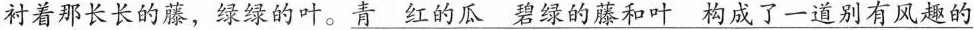
衬着那长长的藤，绿绿的叶。\underline{青红的瓜碧绿的藤和叶，构成了一道别有风趣的}